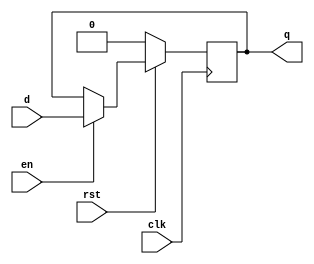
module dff_gamma (clk, rst, en, d, q);
    input clk, rst, en, d;
    output q;
    reg q;

    always @(negedge clk) begin
        if(!rst) q <= 1'b0;
        else 
            if(en) q <= d;
            else q <= q;
    end
endmodule